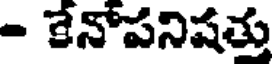
- కేనోపనిషతు